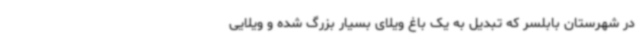
در شهرستان بابلسر که تبدیل به یک باغ ویلای بسیار بزرگ شده و ویلایی